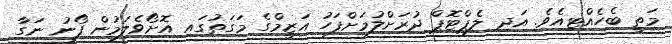
މަތީ ބެހެއްޓިއެވެ. އަދި ލެޕްޓޮޕް ދުރަށްލުމަށްފަހު އަޒީމްގެ މަގަތުގައި އޮށޯވެލަމުން ފޯނު ނަގާ